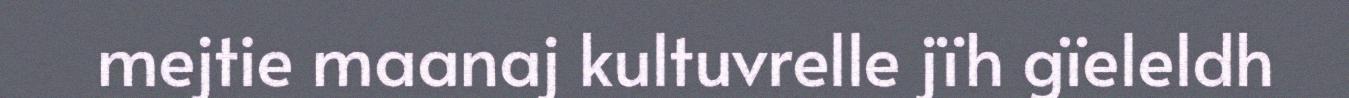
mejtie maanaj kultuvrelle jïh gïeleldh